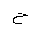
Letter: _ha